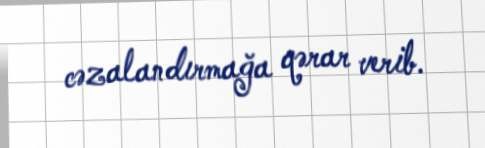
cəzalandırmağa qərar verib.